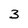
Character: 3